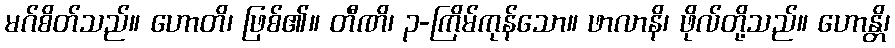
မဂ်စိတ်သည်။ ဟောတိ၊ ဖြစ်၏။ တီဏိ၊ ၃-ကြိမ်ကုန်သော။ ဖာလာနိ၊ ဖိုလ်တို့သည်။ ဟောန္တိ၊